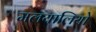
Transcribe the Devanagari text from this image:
मलयालियो